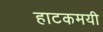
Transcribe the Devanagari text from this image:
हाटकमयी